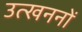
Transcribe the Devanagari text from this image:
उत्‍खननों